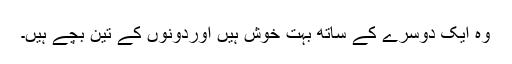
وہ ایک دوسرے کے ساتھ بہت خوش ہیں اوردونوں کے تین بچے ہیں۔